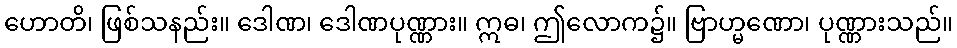
ဟောတိ၊ ဖြစ်သနည်း။ ဒေါဏ၊ ဒေါဏပုဏ္ဏား။ ဣဓ၊ ဤလောက၌။ ဗြာဟ္မဏော၊ ပုဏ္ဏားသည်။